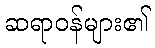
ဆရာဝန်များ၏